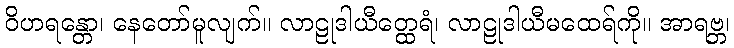
ဝိဟရန္တော၊ နေတော်မူလျက်။ လာဠုဒါယီတ္ထေရံ၊ လာဠုဒါယီမထေရ်ကို။ အာရဗ္ဘ၊